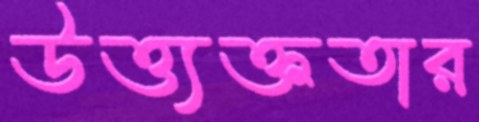
উত্ত্যক্ততার